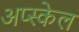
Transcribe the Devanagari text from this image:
अप्स्केल